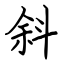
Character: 斜